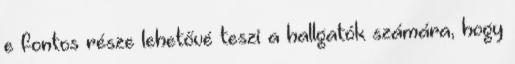
e fontos része lehetővé teszi a hallgatók számára, hogy